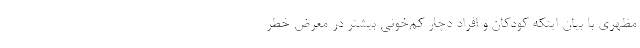
مظهری با بیان اینکه کودکان و افراد دچار کم‌خونی بیشتر در معرض خطر